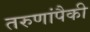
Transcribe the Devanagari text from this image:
तरुणांपैकी